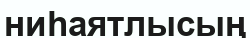
ниһаятлысың